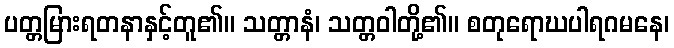
ပတ္တမြားရတနာနှင့်တူ၏။ သတ္တာနံ၊ သတ္တဝါတို့၏။ စတုရောဃပါရဂမနေ၊